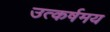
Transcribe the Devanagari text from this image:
उत्कर्षमय